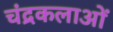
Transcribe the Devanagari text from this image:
चंद्रकलाओं